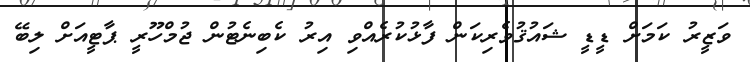
ވަޒީރު ކަމަށް ޑީޑީ ޝައުޤުވެރިކަން ފާޅުކުރެއްވި އިރު ކެބިނެޓުން ޖުމްހޫރީ ޕާޓީއަށް ލިބޭ